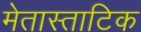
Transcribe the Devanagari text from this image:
मेतास्ताटिक